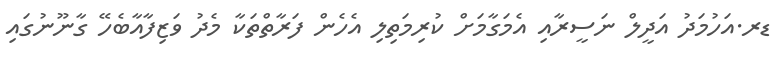
ޑރ.އަހުމަދު އަދީލް ނަސީރާއި އެމަގާމަށް ކުރިމަތިލި އެހެން ފަރާތްތަކާ މެދު ވަޒިފާއާބެހޭ ގާނޫނުގައި